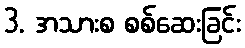
3. အသားစ စစ်ဆေးခြင်း